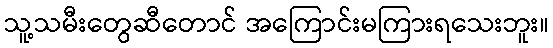
သူ့သမီးတွေဆီတောင် အကြောင်းမကြားရသေးဘူး။